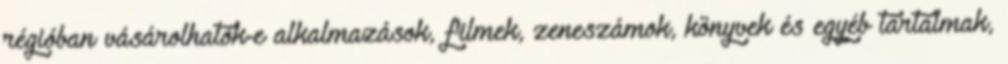
régióban vásárolhatók-e alkalmazások, filmek, zeneszámok, könyvek és egyéb tartalmak,